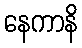
နေကာနိ